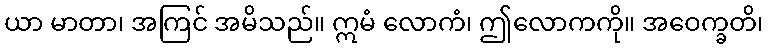
ယာ မာတာ၊ အကြင် အမိသည်။ ဣမံ လောကံ၊ ဤလောကကို။ အဝေက္ခတိ၊